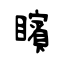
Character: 矉